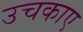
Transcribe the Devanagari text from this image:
उचकाए